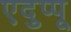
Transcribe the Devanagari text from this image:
एदुप्पू